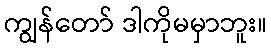
ကျွန်တော် ဒါကိုမမှာဘူး။